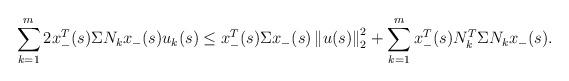
LaTeX: \begin{align*}\sum_{k=1}^m 2 x_-^T(s)\Sigma N_{k} x_-(s) u_k(s) \leq x_-^T(s) \Sigma x_-(s) \left\|u(s)\right\|_{2}^2 +\sum_{k=1}^m x_-^T(s) N_k^T\Sigma N_{k} x_-(s).\end{align*}